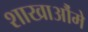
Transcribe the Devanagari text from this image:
शाखाऔंमे